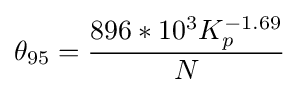
{\theta _{95}}={\frac {896*10^{3}K_{p}^{-1.69}}{N}}